Civil Veterinary Dept. Assam report 1927-50 - 1927-1950
Year: 1927
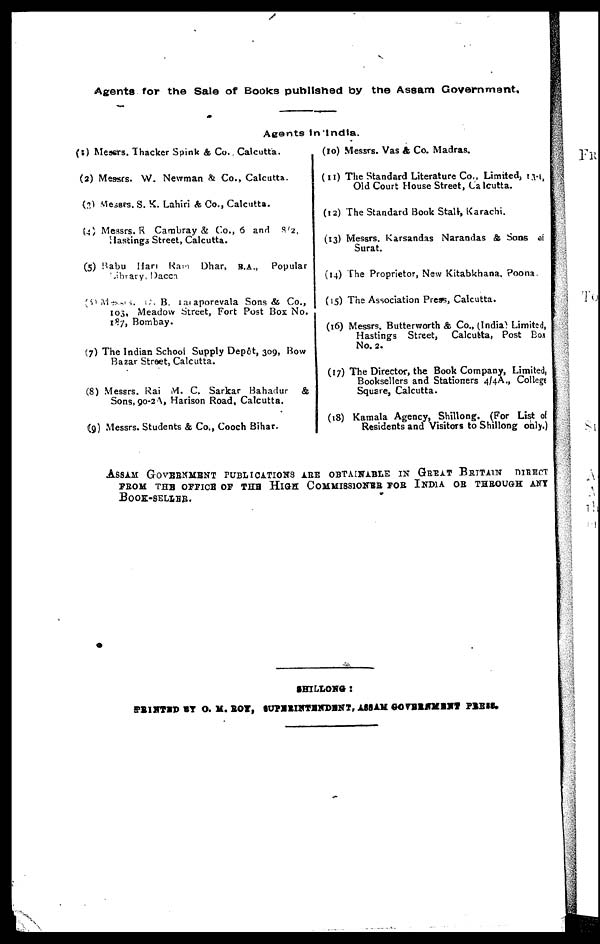
Agents for the Sale of Books published by the Assam Government.
Agents In India.
(1) Messrs. Thacker Spink & Co. Calcutta.
(2) Messrs. W. Newman & Co., Calcutta.
(3) Messes. S. K. Lahiri As Co., Calcutta.
(4) Messrs. R Cambray & Co., 6 and 812,
Hastings Street, Calcutta.
(5) Babu Han Ram Dhar, B.A., Popular
Library, Dacca
(6) Messrs. D. B. Taraporevala Sons & Co.,
103, Meadow Street, Fort Post Box No.
187, Bombay.
(7) The Indian School Supply Depôt, 309, Bow
Bazar Street, Calcutta.
(8) Messrs. Rai M. C. Sarkar Bahadur &
Sons, 90-2A, Harison Road, Calcutta.
(9) Messrs. Students & Co., Cooch Bihar.
(10) Messrs. Vas & Co. Madras.
(11) The Standard Literature Co., Limited, i.vi,
Old Court House Street, Calcutta.
(12) The Standard Book Staft, Karachi.
(13) Messrs. Karsandas Narandas & Sons of
Surat.
(14) The Proprietor, New Kitabkhana, Poona.
(15) The Association Press, Calcutta.
(16) Messrs. Butterworth & Co., (India) Limited,
Hastings Street, Calcutta, Post Box
No. 2.
(17) The Director, the Book Company, Limited,
Booksellers and Stationers 4/4A., College
Square, Calcutta.
(18) Kamala Agency, Shillong. (For List of
Residents and Visitors to Shillong only.)
ASSAM GOVERNMENT PUBLICATIONS ARE OBTAINABLE IN GREAT BRITAIN DIRE
FROM THE OFFICE OF THE HIGH COMMISSIONER FOR INDIA OR THROUGH ANY
BOOK-SELLER.
SHILLONG:
PRINTED BY O. M. ROY, SUPERINTENDENT, ASSAM GOVERNMENT PRESS.